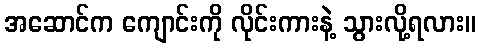
အဆောင်က ကျောင်းကို လိုင်းကားနဲ့ သွားလို့ရလား။